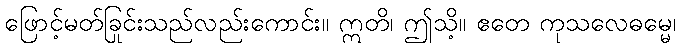
ဖြောင့်မတ်ခြင်းသည်လည်းကောင်း။ ဣတိ၊ ဤသို့။ ဧတေ ကုသလေဓမ္မေ၊